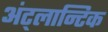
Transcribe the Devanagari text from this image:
अंट्लान्टिक